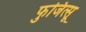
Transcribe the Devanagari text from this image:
फुजित्सू